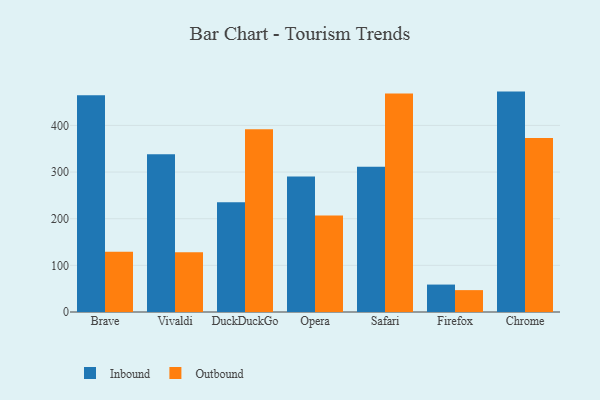
{"axis": {"x": "Browser", "y": "Temperature (°C)"}, "legend": ["Inbound", "Outbound"], "data": [{"x": "Brave", "y": 464.8, "type": "Inbound"}, {"x": "Brave", "y": 129.3, "type": "Outbound"}, {"x": "Vivaldi", "y": 338.0, "type": "Inbound"}, {"x": "Vivaldi", "y": 128.2, "type": "Outbound"}, {"x": "DuckDuckGo", "y": 235.2, "type": "Inbound"}, {"x": "DuckDuckGo", "y": 391.9, "type": "Outbound"}, {"x": "Opera", "y": 290.3, "type": "Inbound"}, {"x": "Opera", "y": 207.1, "type": "Outbound"}, {"x": "Safari", "y": 311.2, "type": "Inbound"}, {"x": "Safari", "y": 468.3, "type": "Outbound"}, {"x": "Firefox", "y": 58.8, "type": "Inbound"}, {"x": "Firefox", "y": 46.9, "type": "Outbound"}, {"x": "Chrome", "y": 472.5, "type": "Inbound"}, {"x": "Chrome", "y": 372.9, "type": "Outbound"}]}